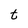
Character: t